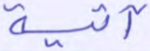
آتية